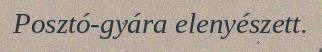
Posztó-gyára elenyészett.